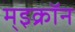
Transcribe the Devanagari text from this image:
म्इक्रॉन